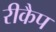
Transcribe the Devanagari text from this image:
रीकैप